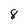
Character: 8